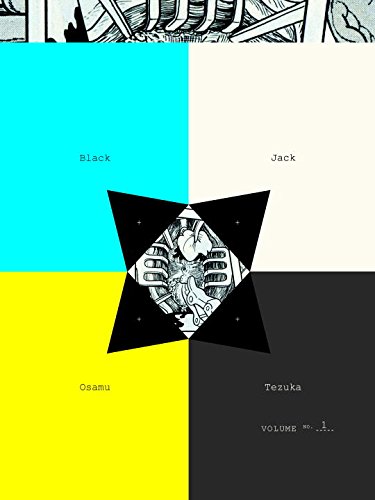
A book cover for Black Jack, Vol. 1; Osamu Tezuka; Comics & Graphic Novels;